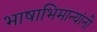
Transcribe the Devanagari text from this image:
भाषाभिमान्यांनी